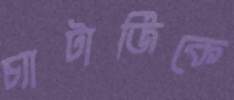
চ্যাটার্জিকে